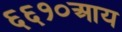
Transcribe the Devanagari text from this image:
६६१०आय